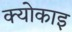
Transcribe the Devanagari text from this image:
क्योकाइ